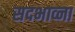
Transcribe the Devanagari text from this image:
सदभाव्ना